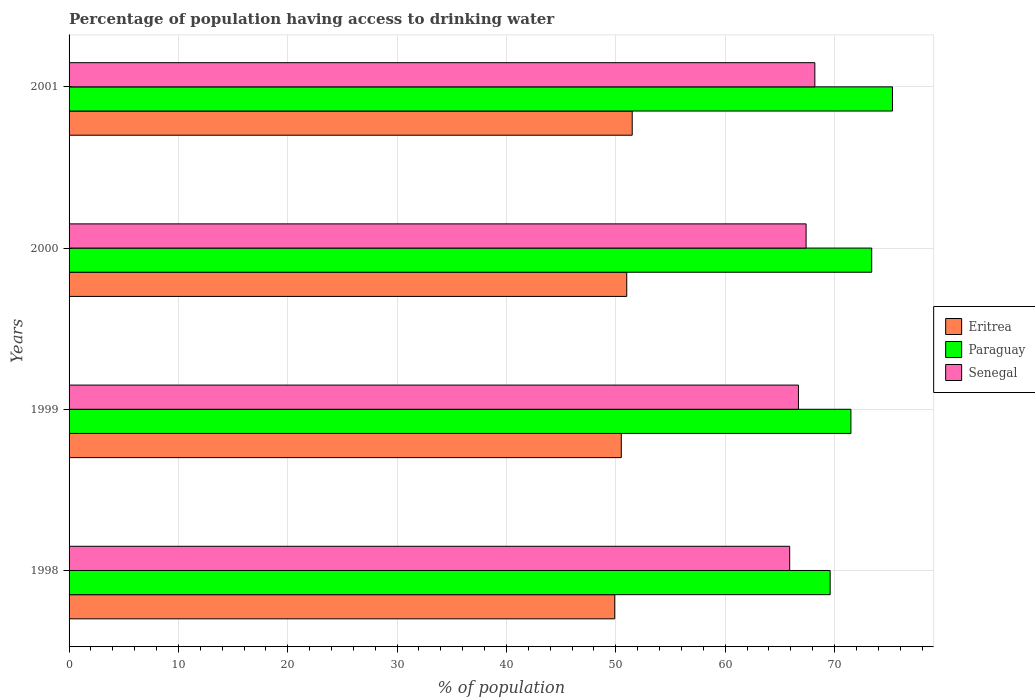
| Years | Eritrea | Paraguay | Senegal |
 | --- | --- | --- | --- |
 | 1998 | 49.9 | 69.6 | 65.9 |
 | 1999 | 50.5 | 71.5 | 66.7 |
 | 2000 | 51 | 73.4 | 67.4 |
 | 2001 | 51.5 | 75.3 | 68.2 |